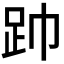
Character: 𮛆